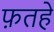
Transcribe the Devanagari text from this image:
फ़तहे